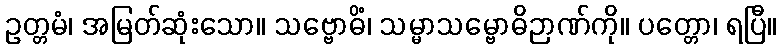
ဥတ္တမံ၊ အမြတ်ဆုံးသော။ သဗ္ဗောဓိံ၊ သမ္မာသမ္ဗောဓိဉာဏ်ကို။ ပတ္တော၊ ရပြီ။